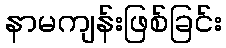
နာမကျန်းဖြစ်ခြင်း